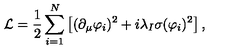
\mathcal { L } = { \frac { 1 } { 2 } } \sum _ { i = 1 } ^ { N } \left[ ( \partial _ { \mu } \varphi _ { i } ) ^ { 2 } + i \lambda _ { I } \sigma ( \varphi _ { i } ) ^ { 2 } \right] ,